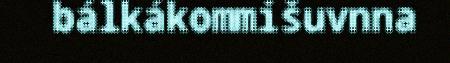
bálkákommišuvnna